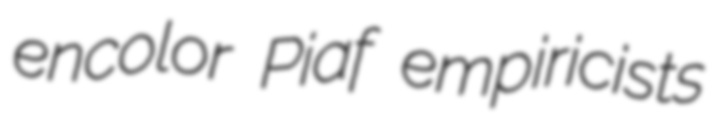
encolor Piaf empiricists